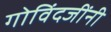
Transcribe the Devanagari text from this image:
गोविंदजींनी